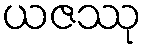
ယဇဿု